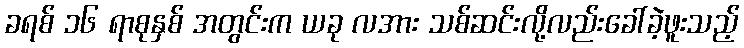
ခရစ် ၁၆ ရာစုနှစ် အတွင်းက ယခု လအား သစ်ဆင်းလို့လည်းခေါ်ခဲ့ဖူးသည့်